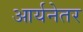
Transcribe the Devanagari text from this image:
आर्यनेतर